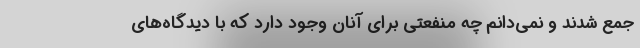
جمع شدند و نمی‌دانم چه منفعتی برای آنان وجود دارد که با دیدگاه‌های